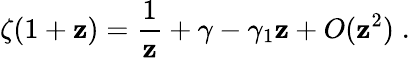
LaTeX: \zeta(1+\mathbf{z})={\frac{{1}}{{\mathbf{z}}}}+\gamma-\gamma_{1}\mathbf{z}+O(\mathbf{z}^{2})\; .